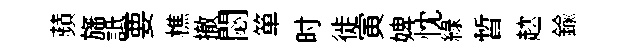
蘋旛詆要樵撤閟箪时徙寅婢忱緑暫趑鍮